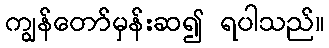
ကျွန်တော်မှန်းဆ၍ ရပါသည်။